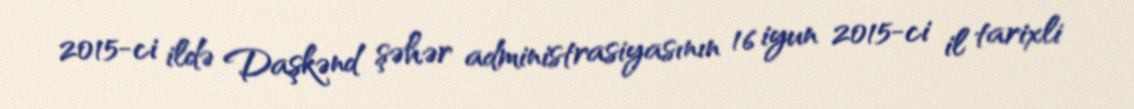
2015-ci ildə Daşkənd şəhər administrasiyasının 16 iyun 2015-ci il tarixli